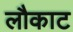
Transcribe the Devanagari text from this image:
लौकाट